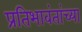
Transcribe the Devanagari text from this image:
प्रतिभावंतांच्या